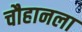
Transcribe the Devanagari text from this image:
चौहानला